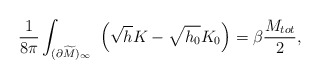
\begin{align*}{1\over 8\pi}\int_{(\partial \widetilde M)_\infty}\ \left(\sqrt{h}K-\sqrt{h_0}K_0\right) = \beta {M_{tot} \over 2},\end{align*}